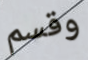
وقسم